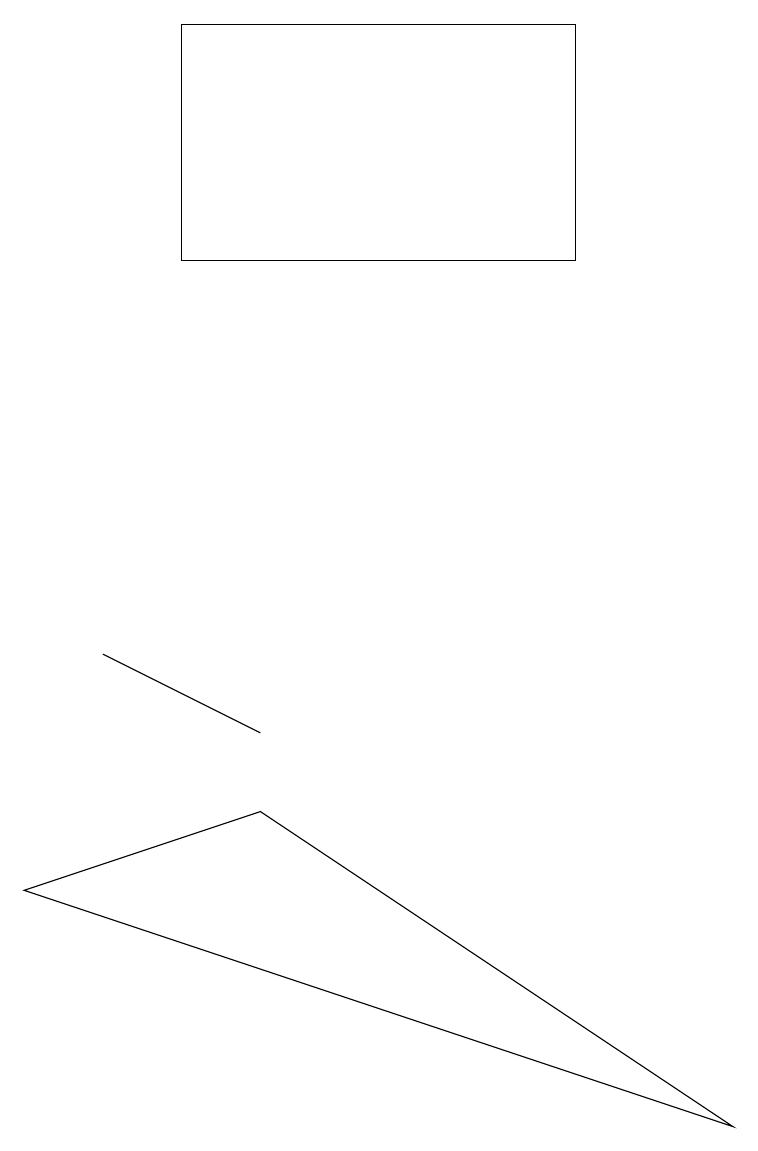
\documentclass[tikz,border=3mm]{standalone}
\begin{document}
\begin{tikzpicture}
\draw (3,6) -- (9,2) -- (0,5) -- cycle;
\draw (7,16) rectangle (2,13);
\draw (3,7) -- (3,7) -- (1,8) -- cycle;
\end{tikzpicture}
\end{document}